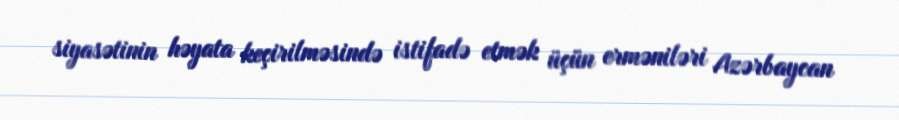
siyasətinin həyata keçirilməsində istifadə etmək üçün erməniləri Azərbaycan